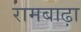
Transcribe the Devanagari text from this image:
रामबाढ़ा